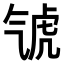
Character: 𣱤